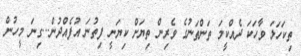
ތިކަހަލަ ވާހަކަ ދެއްކީމަ ތަންތަނުގެ ވެރިން ތިޔަށް ކިޔަނީ ފިތުނަ އުފެއްދުން...ގިނަ މީހުން